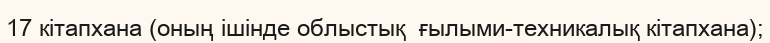
17 кітапхана (оның ішінде облыстық  ғылыми-техникалық кітапхана);